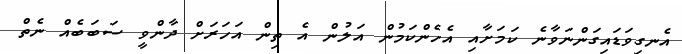
އެނގިވަޑައިގަންނަވާނެ ކަމަށާއި އެހެންކަމުން އަލުން އެ ތިން އަހަރަށް ދާންވީ ސަބަބެއް ނެތް